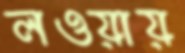
লওয়ায়